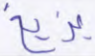
يزيغ